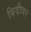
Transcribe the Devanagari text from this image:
बिदीवर